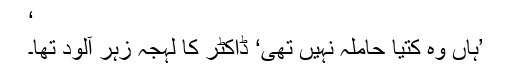
‘
’ہاں وہ کتیا حاملہ نہیں تھی‘ ڈاکٹر کا لہجہ زہر آلود تھا۔